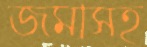
জমাসহ